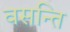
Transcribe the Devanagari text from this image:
वसन्ति